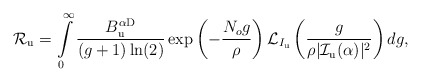
\begin{align*}&\!\!\!\!\!\!\! \mathcal{R}_{\rm u}= \int\limits_{0}^{\infty} \frac{B_{\rm u}^{\alpha {\rm D}}}{(g+1) \ln (2)} \exp \left(- \frac{N_o g }{ \rho } \right) \mathcal{L}_{I_{\rm u}} \left(\frac{g}{ \rho |\mathcal{I}_{\rm u} (\alpha)|^2} \right) dg,\end{align*}